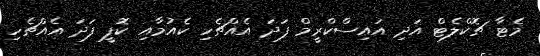
މެޓާ ޗޮކްލެޓް އަދި އައިސްކްރީމް ފަދަ އެއްޗެހި ކެއުމާއި ކޮފީ ފަދަ އެއްޗެހި